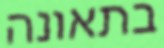
בתאונה